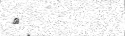
٣